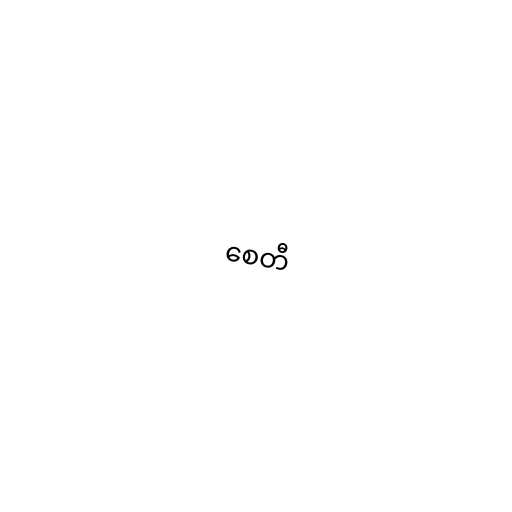
စေတီ